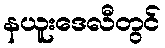
နယူးဒေလီတွင်